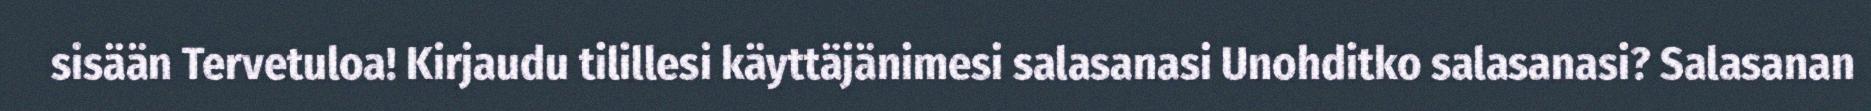
sisään Tervetuloa! Kirjaudu tilillesi käyttäjänimesi salasanasi Unohditko salasanasi? Salasanan